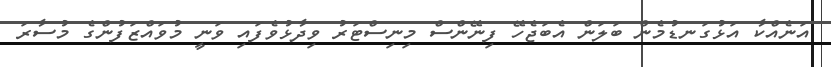
އަނެއްކާ އަޅުގަނޑުމެން ބަލަން އެބަޖެހޭ ފިނޭންސް މިނިސްޓަރު ވިދާޅުވެފައި ވަނީ މުވައްޒަފުންގެ މުސާރަ